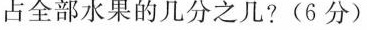
占全部水果的几分之几?(6分)